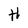
Character: H